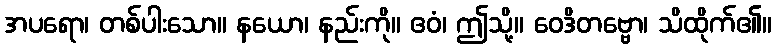
အပရော၊ တစ်ပါးသော။ နယော၊ နည်းကို။ ဧဝံ၊ ဤသို့။ ဝေဒိတဗ္ဗော၊ သိထိုက်၏။